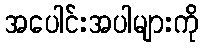
အပေါင်းအပါများကို